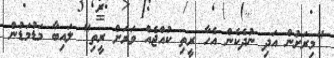
"މިރަށުން އަދި ނުދެކެން އެހާ ރީތި ކުއްޖެއް ވަރަށް ރީތި" ލައިބާ މަޑުމަޑުން